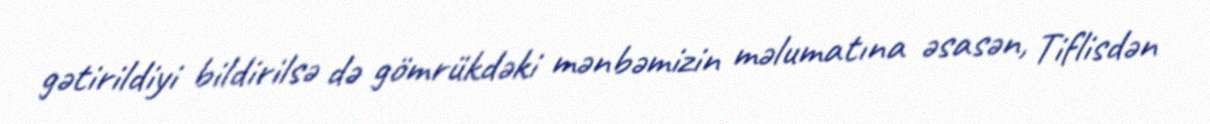
gətirildiyi bildirilsə də gömrükdəki mənbəmizin məlumatına əsasən, Tiflisdən